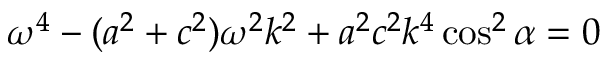
\omega ^ { 4 } - ( a ^ { 2 } + c ^ { 2 } ) \omega ^ { 2 } k ^ { 2 } + a ^ { 2 } c ^ { 2 } k ^ { 4 } \cos ^ { 2 } \alpha = 0